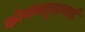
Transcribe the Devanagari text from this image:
कोयंबत्तूरहवाई